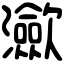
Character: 㶑